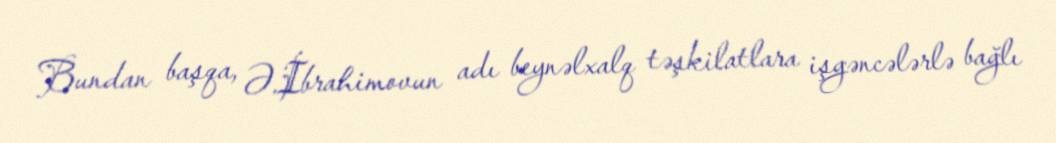
Bundan başqa, Ə.İbrahimovun adı beynəlxalq təşkilatlara işgəncələrlə bağlı